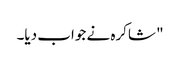
" شاکرہ نے جواب دیا۔